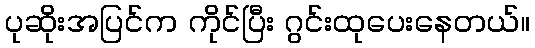
ပုဆိုးအပြင်က ကိုင်ပြီး ဂွင်းထုပေးနေတယ်။